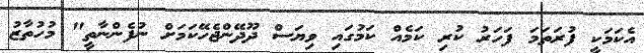
އެކަމަކީ ފުރަތަމަ ފަހަރު ކުރި ކަމެއް ކަމުގައި ވިޔަސް ދޫދޭންޖެހޭކަމަށް ނުފެންނާތީ" މުހުތާޒު